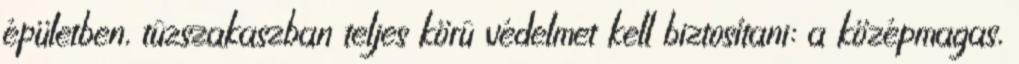
épületben, tûzszakaszban teljes körû védelmet kell biztosítani: a középmagas,